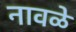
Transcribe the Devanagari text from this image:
नावळे